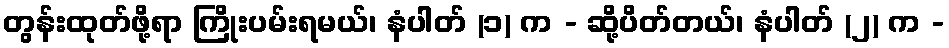
တွန်းထုတ်ဖို့ရာ ကြိုးပမ်းရမယ်၊ နံပါတ် (၁) က - ဆို့ပိတ်တယ်၊ နံပါတ် (၂) က -